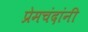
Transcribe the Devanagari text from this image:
प्रेमचंदांनी